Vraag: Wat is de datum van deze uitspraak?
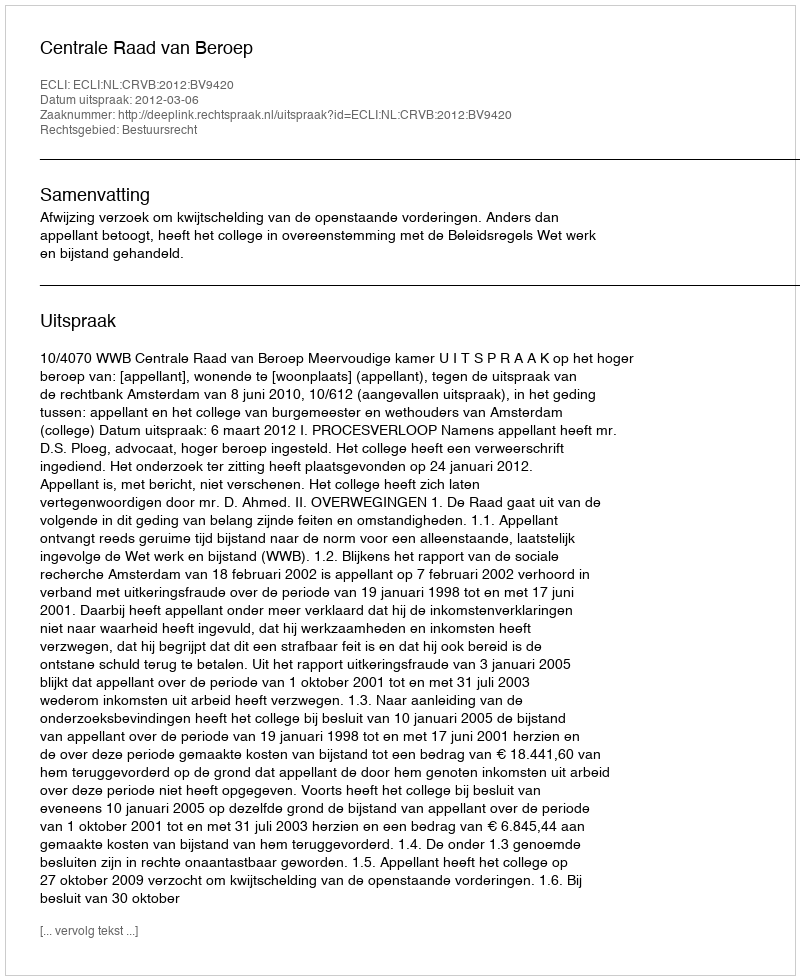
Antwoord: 2012-03-06